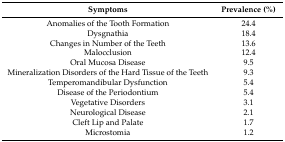
| Symptoms | Prevalence (%) |
 | --- | --- |
 | Anomalies of the Tooth Formation | 24.4 |
 | Dysgnathia | 18.4 |
 | Changes in Number of the Teeth | 13.6 |
 | Malocclusion | 12.4 |
 | Oral Mucosa Disease | 9.5 |
 | Mineralization Disorders of the Hard Tissue of the Teeth | 9.3 |
 | Temperomandibular Dysfunction | 5.4 |
 | Disease of the Periodontium | 5.4 |
 | Vegetative Disorders | 3.1 |
 | Neurological Disease | 2.1 |
 | Cleft Lip and Palate | 1.7 |
 | Microstomia | 1.2 |